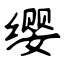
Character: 缨